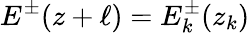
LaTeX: E^{\pm}(z+\ell)=E_{k}^{\pm}(z_{k})